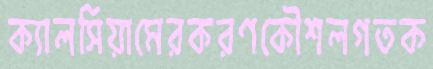
ক্যালসিয়ামেরকরণকৌশলগতক